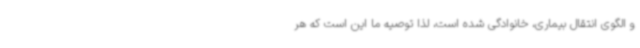
و الگوی انتقال بیماری، خانوادگی شده است، لذا توصیه ما این است که هر